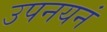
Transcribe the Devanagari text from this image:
उपनयनं